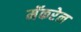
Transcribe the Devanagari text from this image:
मॅकरेल